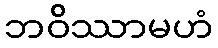
ဘဝိဿာမဟံ